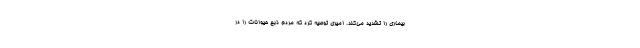
بیماری را تشدید می‌کند. امیری توصیه کرد که مردم ذبح حیوانات را در